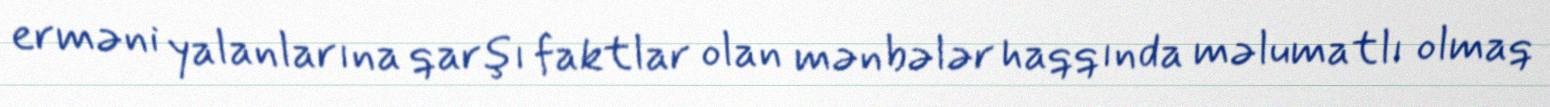
erməni yalanlarına qarşı faktlar olan mənbələr haqqında məlumatlı olmaq